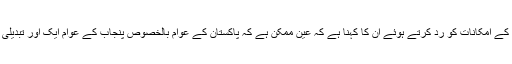
جمہوری اور آئینی طریقے سے تبدیلی کے امکانات کو رد کرتے ہوئے ان کا کہنا ہے کہ عین ممکن ہے کہ پاکستان کے عوام بالخصوص پنجاب کے عوام ایک اور تبدیلی قبول نہ کریں اور مزاحمت پر اتر آئیں۔